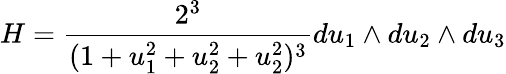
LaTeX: H=\frac{2^{3}}{(1+u_{1}^{2}+u_{2}^{2}+u_{2}^{2})^{3}}du_{1}\wedge du_{2}\wedge du_{3}